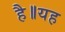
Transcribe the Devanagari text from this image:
है॥यह